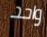
واحد